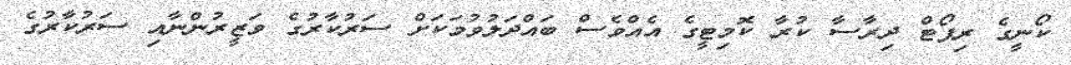
ކޯނީގެ ރިޕޯޓް ދިރާސާ ކުރާ ކޮމިޓީގެ އެއްވެސް ބައްދަލުވުމަކަށް ސަރުކާރުގެ ވަޒީރުންނާއި ސަރުކާރުގެ